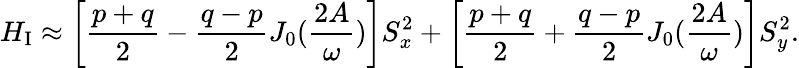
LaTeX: H_{\mathrm{I}}\approx\left[\frac{p+q}{2}-\frac{q-p}{2}J_{0}(\frac{2A}{\omega})\right]S_{x}^{2}+\left[\frac{p+q}{2}+\frac{q-p}{2}J_{0}(\frac{2A}{\omega})\right]S_{y}^{2}.